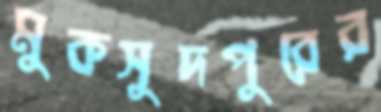
মুকসুদপুরের